Cholera in southern India
Disease focus: Cholera
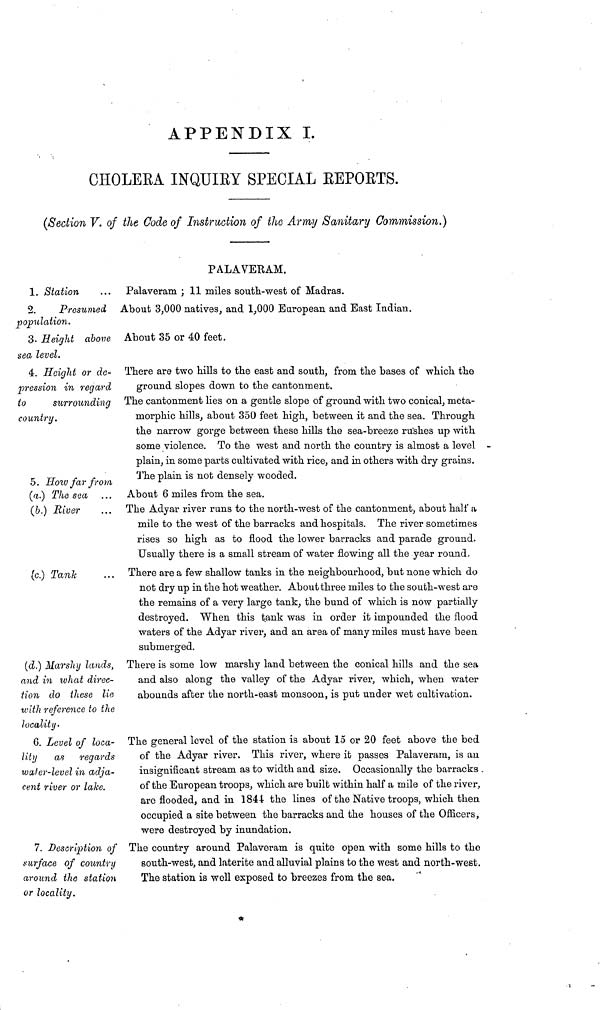
APPENDIX I.
CHOLERA INQUIRY SPECIAL REPORTS.
(Section V. of the Code of Instruction of the Army Sanitary Commission.)
PALAVERAM.
1. Station
Palaveram ; 11 miles south-west of Madras.
2.
Presumed
population.
About 3,000 natives, and 1,000 European and East Indian.
3. Height above
sea level.
About 35 or 40 feet.
4. Height or de-
pression in regard
to
surrounding
country.
There are two hills to the east and south, from the bases of which the
ground slopes down to the cantonment.
The cantonment lies on a gentle slope of ground with two conical, meta-
morphic hills, about 350 feet high, between it and the sea. Through
the narrow gorge between these hills the sea-breeze rushes up with
some violence. To the west and north the country is almost a level
plain, in some parts cultivated with rice, and in others with dry grains.
The plain is not densely wooded.
5. How far from
(a.) The sea
(b.) River
About 6 miles from the sea.
The Adyar river runs to the north-west of the cantonment, about half a
mile to the west of the barracks and hospitals. The river sometimes
rises so high as to flood the lower barracks and parade ground.
Usually there is a small stream of water flowing all the year round.
(c.) Tank
There are a few shallow tanks in the neighbourhood, but none which do
not dry up in the hot weather. About three miles to the south-west are
the remains of a very large tank, the bund of which is now partially
destroyed. When this tank was in order it impounded the flood
waters of the Adyar river, and an area of many miles must have been
submerged.
(d.) Marshy lands,
and in what direc-
tion do these lie
with reference to the
locality.
There is some low marshy land between the conical hills and the sea
and also along the valley of the Adyar river, which, when water
abounds after the north-east monsoon, is put under wet cultivation.
6. Level of loca-
lity as regards
water-level in adja-
cent river or lake.
The general level of the station is about 15 or 20 feet above the bed
of the Adyar river. This river, where it passes Palaveram, is an
insignificant stream as to width and size. Occasionally the barracks .
of the European troops, which are built within half a mile of the river,
are flooded, and in 1844 the lines of the Native troops, which then
occupied a site between the barracks and the houses of the Officers,
were destroyed by inundation.
7. Description of
surface of country
around the station
or locality.
The country around Palaveram is quite open with some hills to the
south-west, and laterite and alluvial plains to the west and north-west.
The station is well exposed to breezes from the sea.